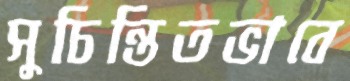
সুচিন্তিতভাবে